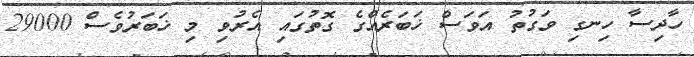
ހާދިސާ ހިނގި ވަގުތު އަވަސް ޚަބަރެއްގެ ގޮތުގައި އެރުވި މި ޚަބަރުވެސް 29000